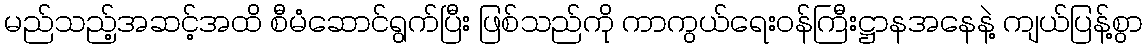
မည်သည့်အဆင့်အထိ စီမံဆောင်ရွက်ပြီး ဖြစ်သည်ကို ကာကွယ်ရေးဝန်ကြီးဋ္ဌာနအနေနဲ့ ကျယ်ပြန့်စွာ